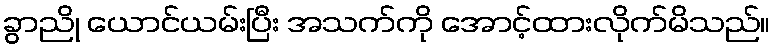
ခွာညို ယောင်ယမ်းပြီး အသက်ကို အောင့်ထားလိုက်မိသည်။